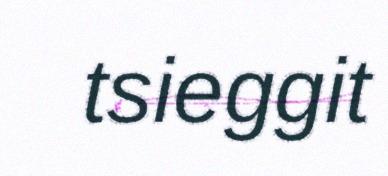
tsieggit